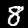
Digit: 8